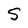
Character: S